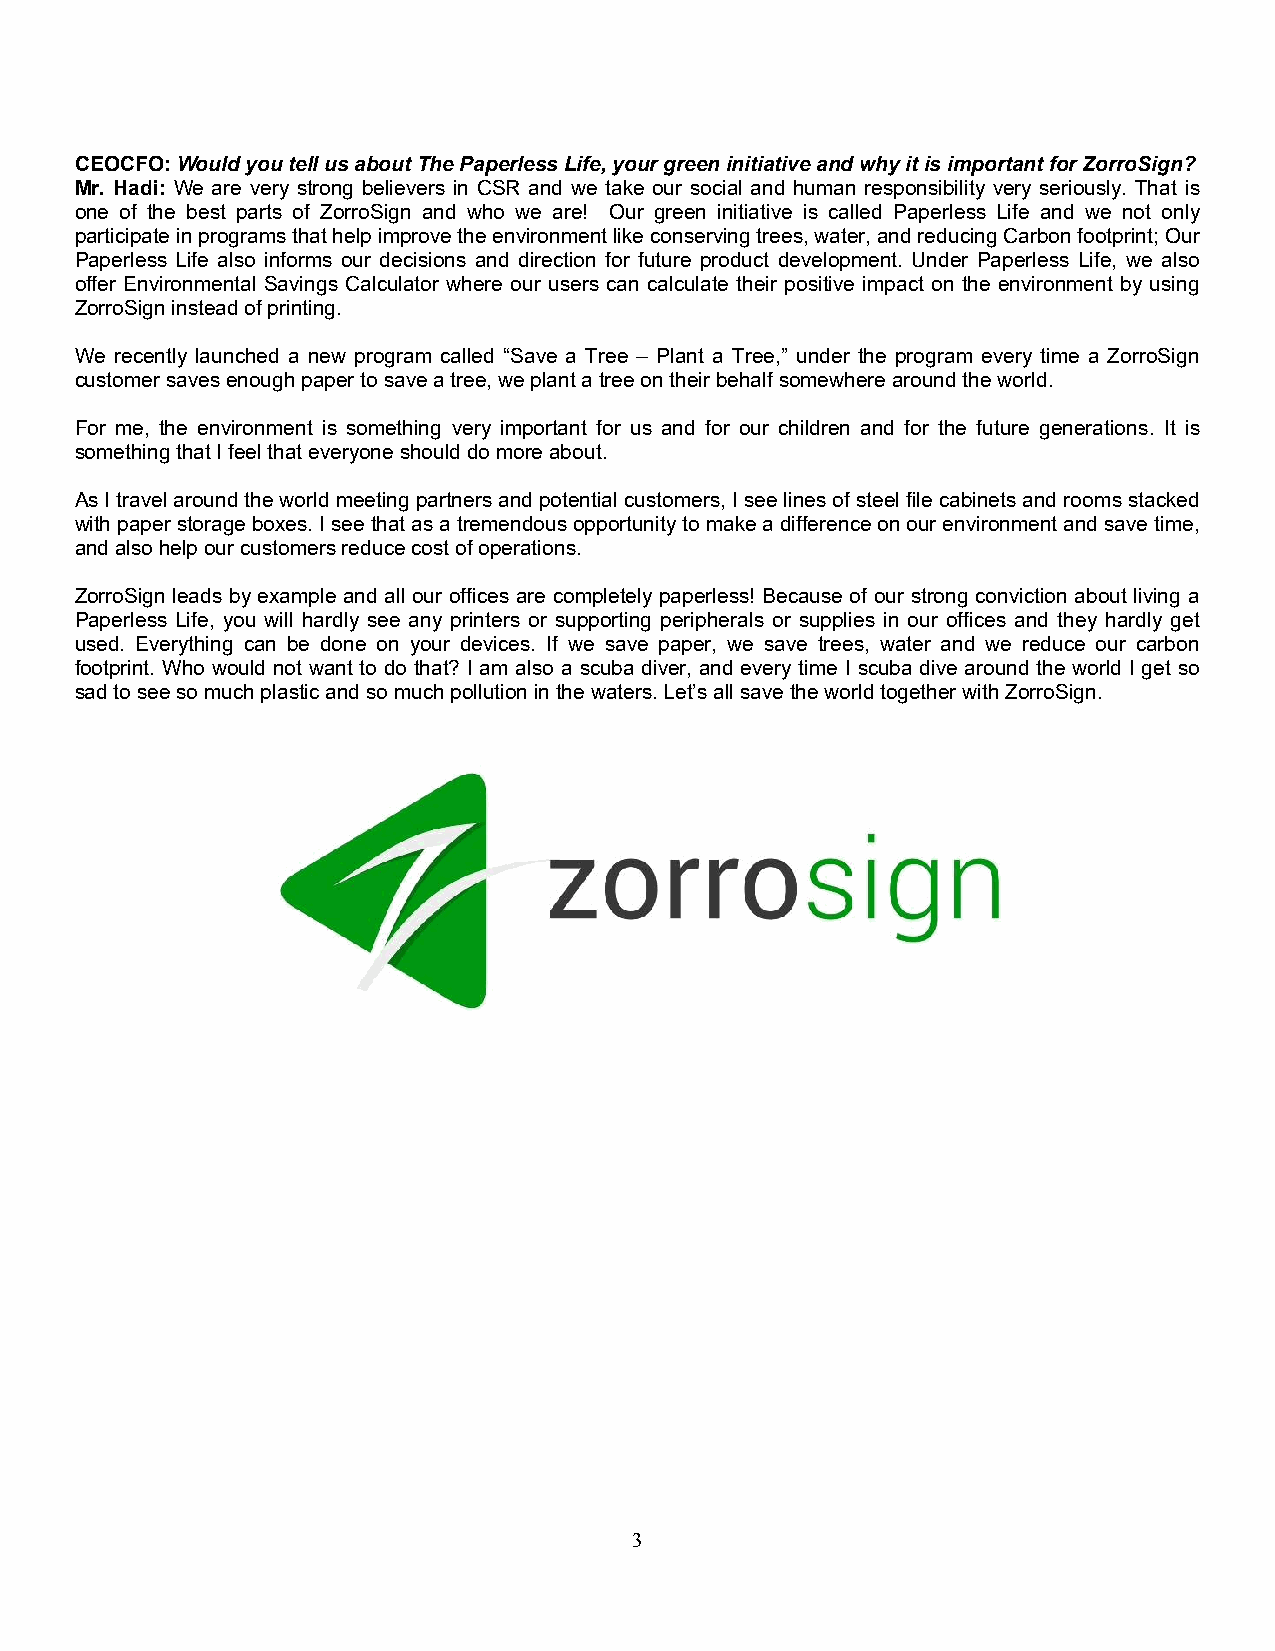
CEOCFO: Would you tell us about The Paperless Life, your green initiative and why it is important for ZorroSign?
 Mr. Hadi: We are very strong believers in CSR and we take our social and human responsibility very seriously. That is
 one of the best parts of ZorroSign and who we are! Our green initiative is called Paperless Life and we not only
 participate in programs that help improve the environment like conserving trees, water, and reducing Carbon footprint; Our
 Paperless Life also informs our decisions and direction for future product development. Under Paperless Life, we also
 offer Environmental Savings Calculator where our users can calculate their positive impact on the environment by using
 ZorroSign instead of printing.
 We recently launched a new program called “Save a Tree – Plant a Tree,” under the program every time a ZorroSign
 customer saves enough paper to save a tree, we plant a tree on their behalf somewhere around the world.
 For me, the environment is something very important for us and for our children and for the future generations. It is
 something that I feel that everyone should do more about.
 As I travel around the world meeting partners and potential customers, I see lines of steel file cabinets and rooms stacked
 with paper storage boxes. I see that as a tremendous opportunity to make a difference on our environment and save time,
 and also help our customers reduce cost of operations.
 ZorroSign leads by example and all our offices are completely paperless! Because of our strong conviction about living a
 Paperless Life, you will hardly see any printers or supporting peripherals or supplies in our offices and they hardly get
 used. Everything can be done on your devices. If we save paper, we save trees, water and we reduce our carbon
 footprint. Who would not want to do that? I am also a scuba diver, and every time I scuba dive around the world I get so
 sad to see so much plastic and so much pollution in the waters. Let’s all save the world together with ZorroSign.
 3